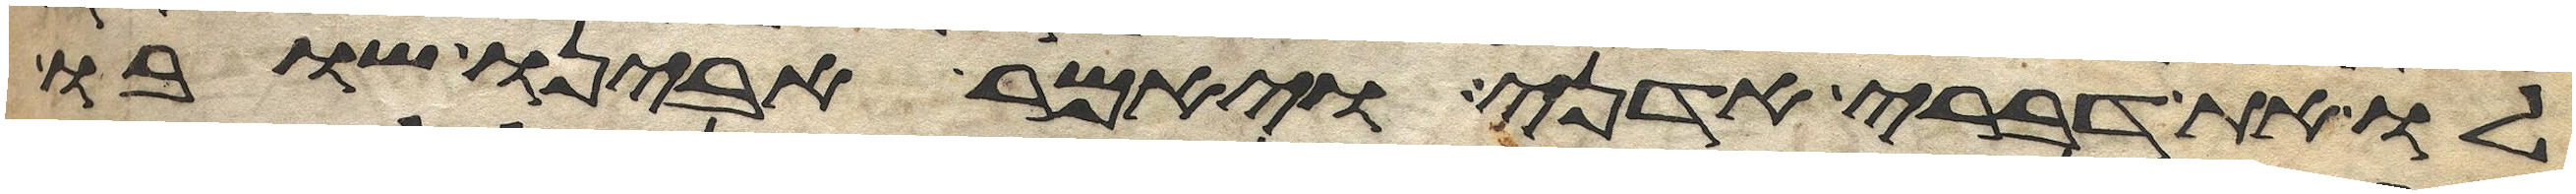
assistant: לו את דברי אדני ויאמר אבינו שובו